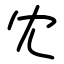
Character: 冘